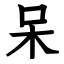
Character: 呆